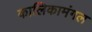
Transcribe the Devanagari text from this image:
कालिकामंगल